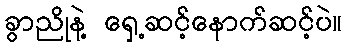
ခွာညိုနဲ့ ရှေ့ဆင့်နောက်ဆင့်ပဲ။